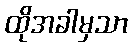
ထိုအခါမှသာ